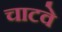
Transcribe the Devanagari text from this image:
चाटवे